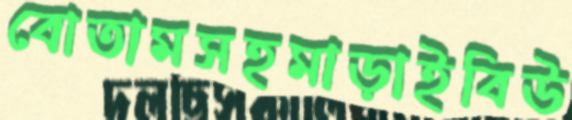
বোতামসহমাড়াইবিউ